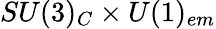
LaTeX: SU(3)_{C}\times U(1)_{em}